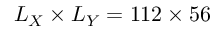
L _ { X } \times L _ { Y } = 1 1 2 \times 5 6